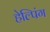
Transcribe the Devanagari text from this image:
हेल्पिंग